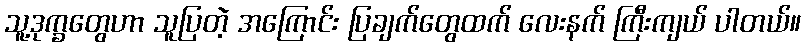
သူ့ဒုက္ခတွေဟာ သူပြတဲ့ အကြောင်း ပြချက်တွေထက် လေးနက် ကြီးကျယ် ပါတယ်။